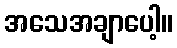
အသေအချာပေါ့။